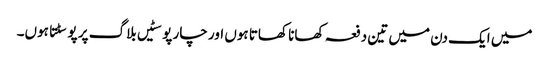
میں ایک دن میں تین دفعہ کھانا کھاتا ہوں اور چار پوسٹیں بلاگ پر پوسٹتا ہوں۔